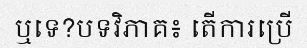
ឬទេ?បទវិភាគ៖ តើការប្រើ